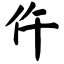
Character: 仵